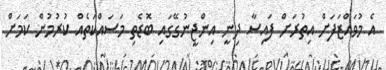
އެ މުވައްޒަފަށް އިތުރަށް ފައިސާ ދިނީ އިންޖީނުގޭގައި ބޮޑެތި މަސައްކަތެއް ކުރުމުން ކަމަށް